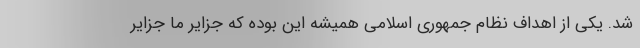
شد. یکی از اهداف نظام جمهوری اسلامی همیشه این بوده که جزایر ما جزایر